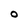
Character: O